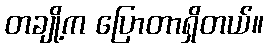
တချို့က ပြောတာရှိတယ်။